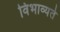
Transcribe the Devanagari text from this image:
विभाव्यते